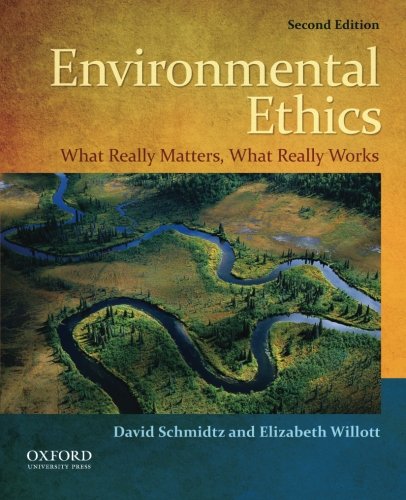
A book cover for Environmental Ethics: What Really Matters, What Really Works; David Schmidtz; Science & Math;